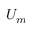
U _ { m }